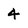
Character: 4